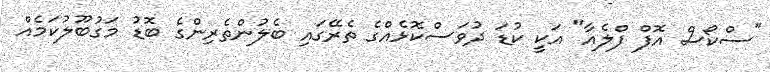
"ސްކޯސް އޮފް ފްލެއާ" އަކީ ކުޑަ ދުވަސްކޮޅެއްގެ ތެރޭގައި ބެލުންތެރިންގެ ބޮޑު މަގުބޫލުކަމެއް